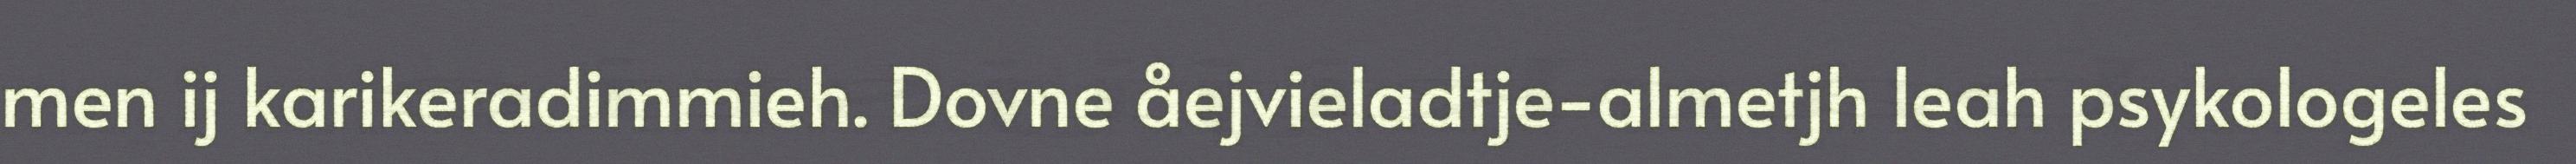
men ij karikeradimmieh. Dovne åejvieladtje-almetjh leah psykologeles